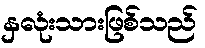
နှလုံးသားဖြစ်သည်